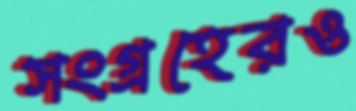
সংগ্রহেরও